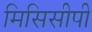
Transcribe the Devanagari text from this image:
मिसिसीपी